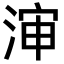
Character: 渖